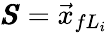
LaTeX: \pmb{S}=\vec{x}_{fL_{i}}